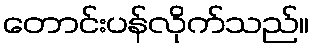
တောင်းပန်လိုက်သည်။